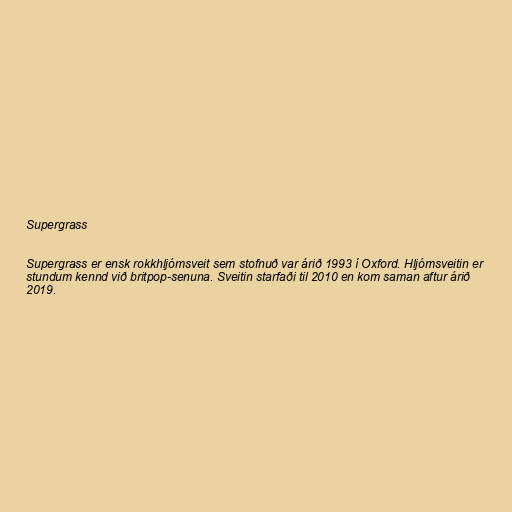
Supergrass

Supergrass er ensk rokkhljómsveit sem stofnuð var árið 1993 í Oxford. Hljómsveitin er
stundum kennd við britpop-senuna. Sveitin starfaði til 2010 en kom saman aftur árið
2019.